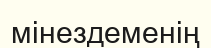
мінездеменің